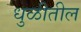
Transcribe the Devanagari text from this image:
धुळीतील